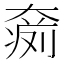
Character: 𡙨